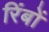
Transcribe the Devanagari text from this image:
रिंबों